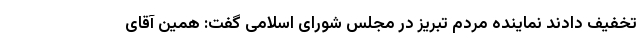
تخفیف دادند نماینده مردم تبریز در مجلس شورای اسلامی گفت: همین آقای